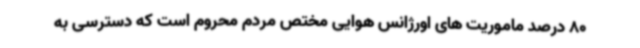
80 درصد ماموریت های اورژانس هوایی مختص مردم محروم است که دسترسی به